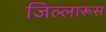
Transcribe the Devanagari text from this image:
जिल्लारूस